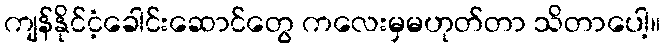
ကျန်နိုင်ငံ့ခေါင်းဆောင်တွေ ကလေးမှမဟုတ်တာ သိတာပေါ့။